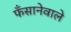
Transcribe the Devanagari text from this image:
फँसानेवाले